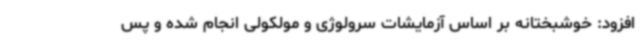
افزود: خوشبختانه بر اساس آزمایشات سرولوژی و مولکولی انجام شده و پس